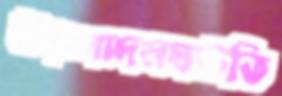
উত্পাদনঘাটতি